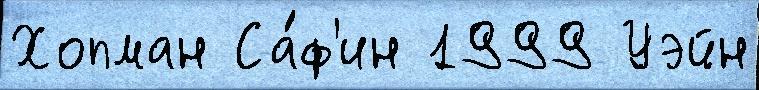
Хопман Са́ф'ин 1999 Уэйн